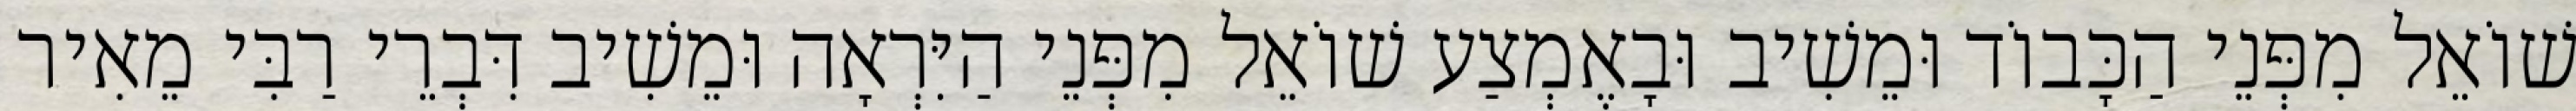
שׁוֹאֵל מִפְּנֵי הַכָּבוֹד וּמֵשִׁיב וּבָאֶמְצַע שׁוֹאֵל מִפְּנֵי הַיִּרְאָה וּמֵשִׁיב דִּבְרֵי רַבִּי מֵאִיר